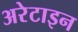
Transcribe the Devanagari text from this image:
अरेटाइन